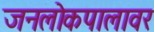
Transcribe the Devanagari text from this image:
जनलोकपालावर